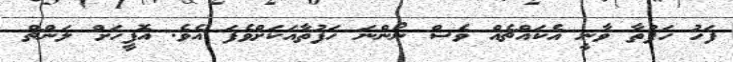
ފަހު ހަފުތާ ވާނީ އެކައްޗެއް ވެސް ނޯންނަ ހަފުތާއަކަށްވެފަ އެވެ. އޮފީހަށް ލަންޗް